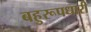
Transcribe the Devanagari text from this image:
बहुरूपधारी